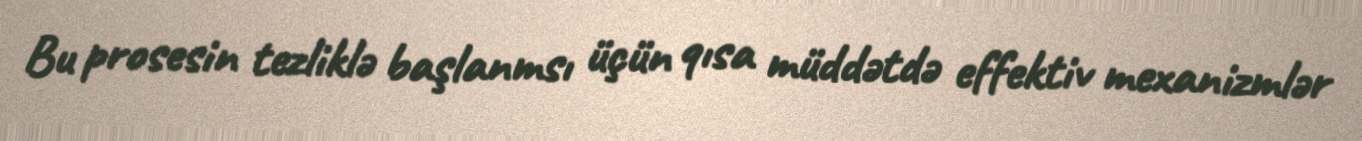
Bu prosesin tezliklə başlanmsı üçün qısa müddətdə effektiv mexanizmlər